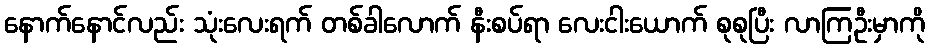
နောက်နောင်လည်း သုံးလေးရက် တစ်ခါလောက် နီးစပ်ရာ လေးငါးယောက် စုစုပြီး လာကြဦးမှာကို